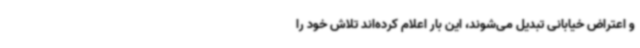
و اعتراض خیابانی تبدیل می‌شوند، این بار اعلام کرده‌اند تلاش خود را